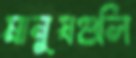
মানুষগুলি